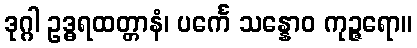
ဒုဂ္ဂါ ဥဒ္ဓရထတ္တာနံ၊ ပင်္ကေ သန္နောဝ ကုဉ္ဇရော။